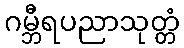
ဂမ္ဘီရပညာသုတ္တံ